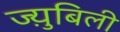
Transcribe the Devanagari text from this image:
ज्य़ुबिली